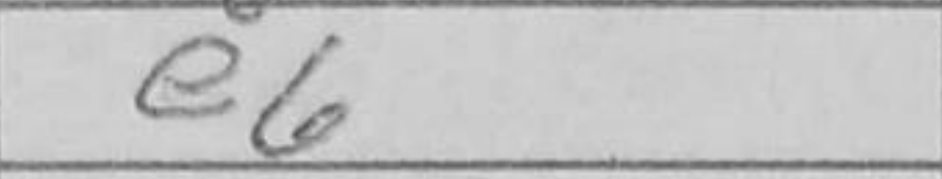
Transcription: e6